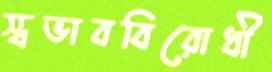
স্বভাববিরোধী